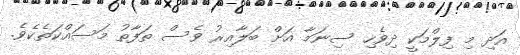
އަދި މި ފިލްމަކީ ދިވެހި ސިނަމާ އަށް ބަލާއިރު ވެސް ތަފާތު މަސައްކަތެކެވެ.